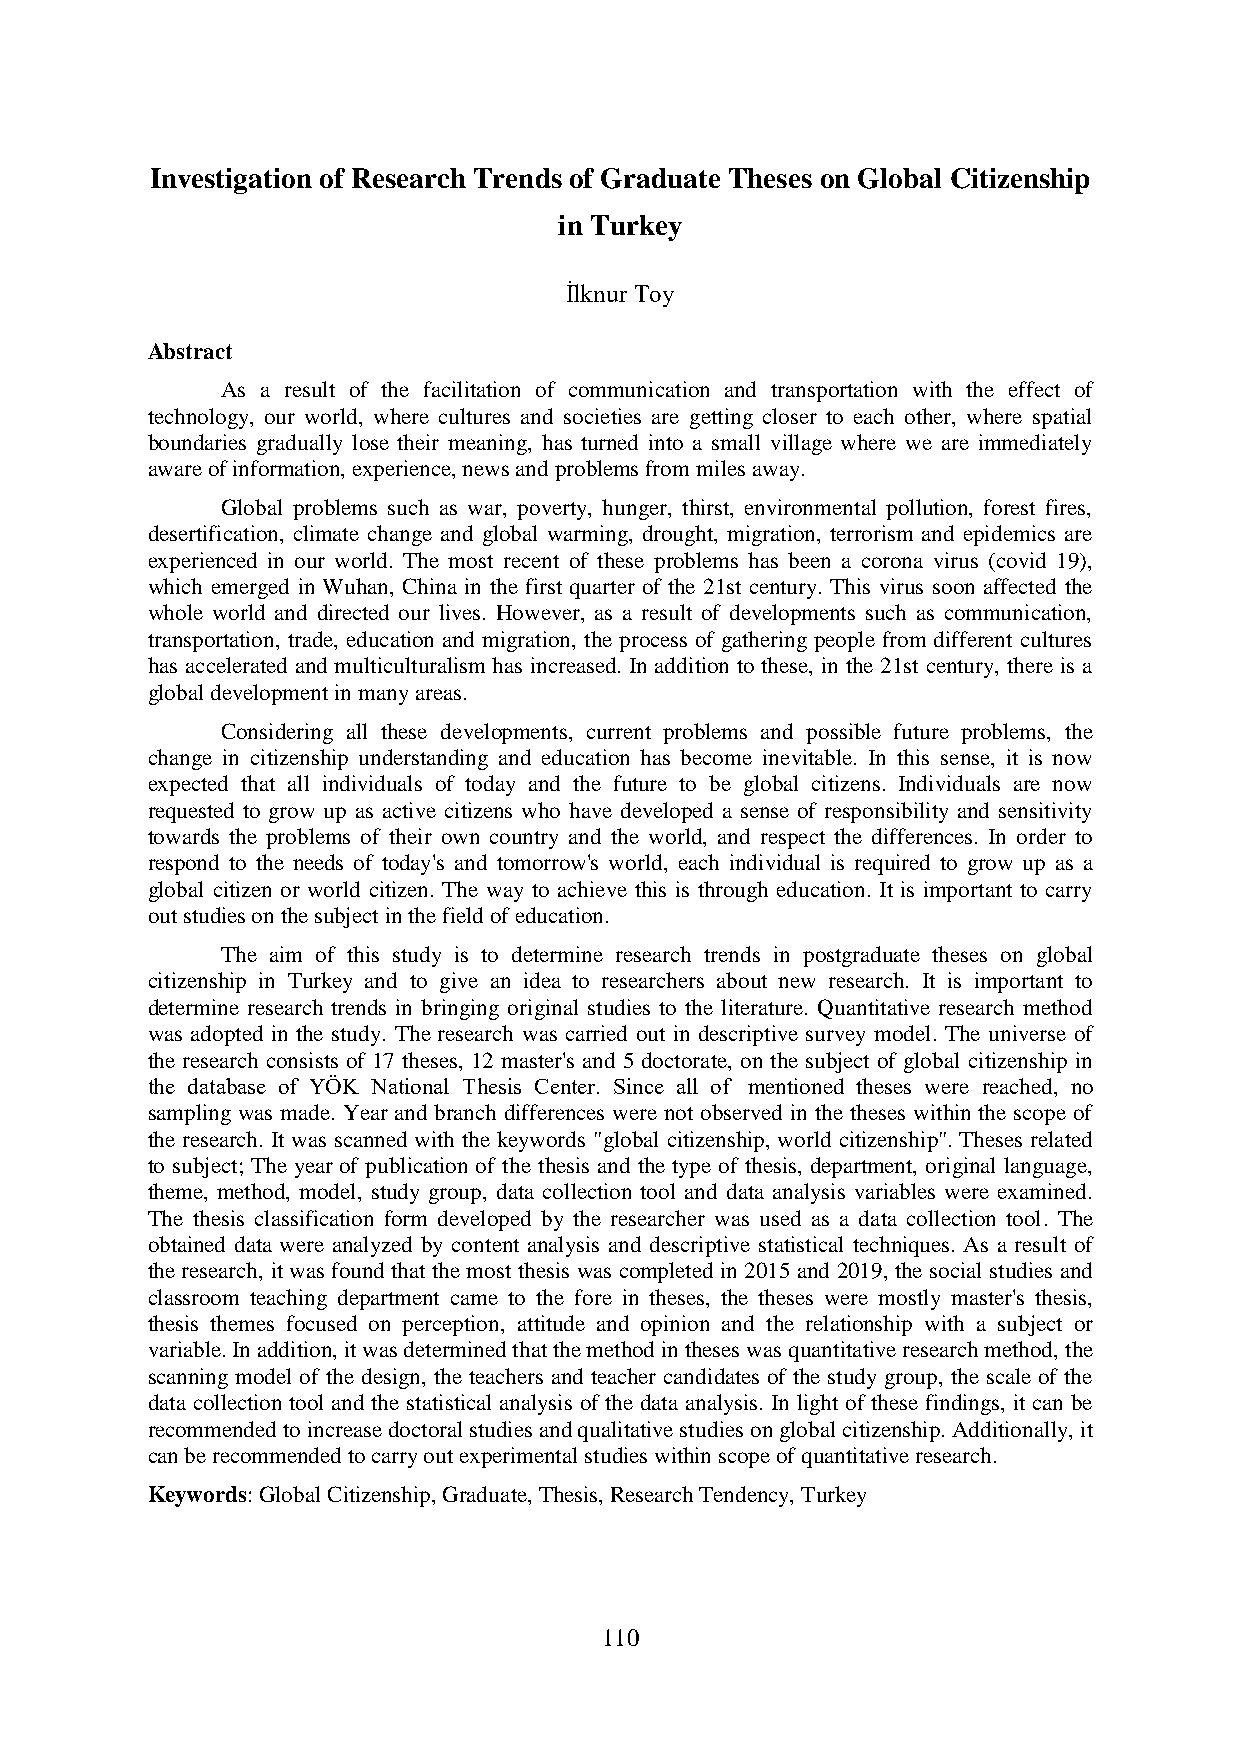
Investigation of Research Trends of Graduate Theses on Global Citizenship
 in Turkey
 İlknur Toy
 Abstract
 As a result of the facilitation of communication and transportation with the effect of
 technology, our world, where cultures and societies are getting closer to each other, where spatial
 boundaries gradually lose their meaning, has turned into a small village where we are immediately
 aware of information, experience, news and problems from miles away.
 Global problems such as war, poverty, hunger, thirst, environmental pollution, forest fires,
 desertification, climate change and global warming, drought, migration, terrorism and epidemics are
 experienced in our world. The most recent of these problems has been a corona virus (covid 19),
 which emerged in Wuhan, China in the first quarter of the 21st century. This virus soon affected the
 whole world and directed our lives. However, as a result of developments such as communication,
 transportation, trade, education and migration, the process of gathering people from different cultures
 has accelerated and multiculturalism has increased. In addition to these, in the 21st century, there is a
 global development in many areas.
 Considering all these developments, current problems and possible future problems, the
 change in citizenship understanding and education has become inevitable. In this sense, it is now
 expected that all individuals of today and the future to be global citizens. Individuals are now
 requested to grow up as active citizens who have developed a sense of responsibility and sensitivity
 towards the problems of their own country and the world, and respect the differences. In order to
 respond to the needs of today's and tomorrow's world, each individual is required to grow up as a
 global citizen or world citizen. The way to achieve this is through education. It is important to carry
 out studies on the subject in the field of education.
 The aim of this study is to determine research trends in postgraduate theses on global
 citizenship in Turkey and to give an idea to researchers about new research. It is important to
 determine research trends in bringing original studies to the literature. Quantitative research method
 was adopted in the study. The research was carried out in descriptive survey model. The universe of
 the research consists of 17 theses, 12 master's and 5 doctorate, on the subject of global citizenship in
 the database of YÖK National Thesis Center. Since all of mentioned theses were reached, no
 sampling was made. Year and branch differences were not observed in the theses within the scope of
 the research. It was scanned with the keywords "global citizenship, world citizenship". Theses related
 to subject; The year of publication of the thesis and the type of thesis, department, original language,
 theme, method, model, study group, data collection tool and data analysis variables were examined.
 The thesis classification form developed by the researcher was used as a data collection tool. The
 obtained data were analyzed by content analysis and descriptive statistical techniques. As a result of
 the research, it was found that the most thesis was completed in 2015 and 2019, the social studies and
 classroom teaching department came to the fore in theses, the theses were mostly master's thesis,
 thesis themes focused on perception, attitude and opinion and the relationship with a subject or
 variable. In addition, it was determined that the method in theses was quantitative research method, the
 scanning model of the design, the teachers and teacher candidates of the study group, the scale of the
 data collection tool and the statistical analysis of the data analysis. In light of these findings, it can be
 recommended to increase doctoral studies and qualitative studies on global citizenship. Additionally, it
 can be recommended to carry out experimental studies within scope of quantitative research.
 Keywords: Global Citizenship, Graduate, Thesis, Research Tendency, Turkey
 110